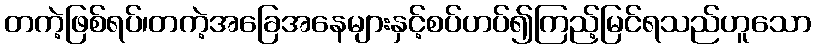
တကဲ့ဖြစ်ရပ်၊တကဲ့အခြေအနေများနှင့်စပ်ဟပ်၍ကြည့်မြင်ရသည်ဟူသော